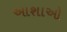
આશાઓ